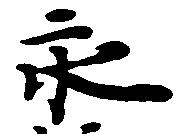
永